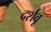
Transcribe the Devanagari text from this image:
दर्शवू